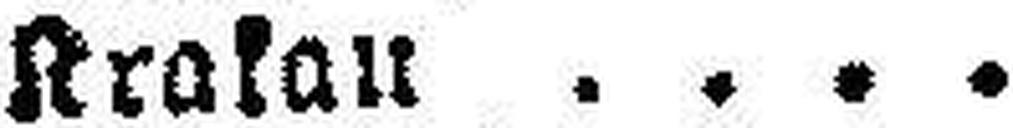
Krakau